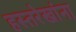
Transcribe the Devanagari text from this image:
हस्तरेखांना